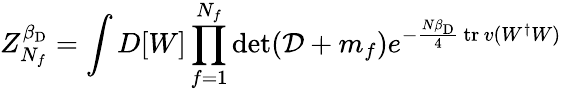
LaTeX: Z_{N_{f}}^{\beta_{\mathrm{D}}}=\int D[W]\prod_{f=1}^{N_{f}}\mathrm{det}({\cal D}+m_{f})e^{-{\frac{N\beta_{\mathrm{D}}}{4}}\, \mathrm{tr}\, v(W^{\dagger}W)}